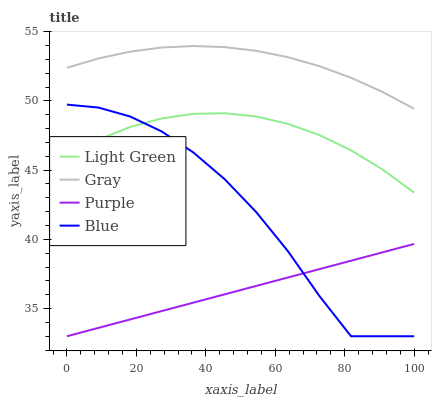
| xaxis_label | Light Green | Gray | Purple | Blue |
 | --- | --- | --- | --- | --- |
 | 0 | 46 | 52.4 | 33 | 49.7 |
 | 9.09 | 47.2 | 53.1 | 33.6 | 49.5 |
 | 18.2 | 48.1 | 53.6 | 34.2 | 48.9 |
 | 27.3 | 48.7 | 53.9 | 34.8 | 47.8 |
 | 36.4 | 49.1 | 54 | 35.4 | 46.3 |
 | 45.5 | 49.1 | 53.9 | 36 | 44.3 |
 | 54.5 | 48.9 | 53.6 | 36.6 | 42 |
 | 63.6 | 48.3 | 53.2 | 37.2 | 39.1 |
 | 72.7 | 47.5 | 52.5 | 37.8 | 35.9 |
 | 81.8 | 46.4 | 51.7 | 38.5 | 33 |
 | 90.9 | 45 | 50.6 | 39.1 | 33 |
 | 100 | 43.4 | 49.4 | 39.7 | 33 |